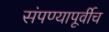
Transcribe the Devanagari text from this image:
संपण्यापूर्वीच